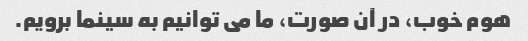
هوم خوب، در آن صورت، ما می توانیم به سینما برویم.